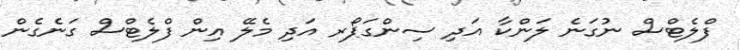
ފްލެޓްސް ނުގަނެ ލަންކާ އަދި ސިންގަޕޯރ އަދި މެލޭ އިން ފްލެޓްސް ގަނެގެން